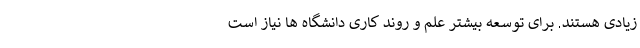
زیادی هستند. برای توسعه بیشتر علم و روند کاری دانشگاه ها نیاز است